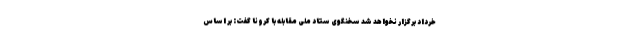
خرداد برگزار نخواهد شد سخنگوی ستاد ملی مقابله با کرونا گفت: بر اساس